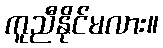
ကူညီနိုင်မလား။